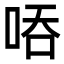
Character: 㖔